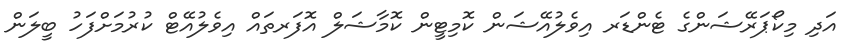
އަދި މިކޯޕަރޭޝަންގެ ޓެންޑަރ އިވެލުއޭޝަން ކޮމިޓީން ކޮމާޝަލް އޮފަރތައް އިވެލުއޭޓް ކުރުމަށްފަހު ބީލަން